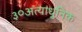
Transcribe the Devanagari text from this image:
३०अत्याधुनिक